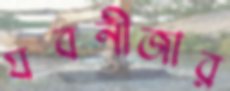
যবনীজার